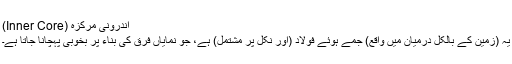
اندرونی مرکزہ (Inner Core)
یہ (زمین کے بالکل درمیان میں واقع) جمے ہوئے فولاد (اور نِکل پر مُشتمل) ہے، جو نمایاں فرق کی بناء پر بخوبی پہچانا جاتا ہے۔